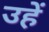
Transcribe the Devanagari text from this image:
उहें